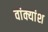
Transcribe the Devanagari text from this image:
वांक्यांश